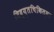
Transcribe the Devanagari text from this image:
विद्युतचिकित्सा